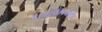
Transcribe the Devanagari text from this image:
नाइट्रोनैपथलीन